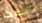
مشتاقة